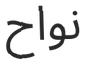
نواح